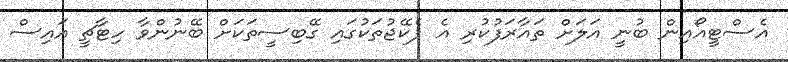
އެސްޓީއޯއިން ބުނީ އަލަށް ތައާރަފުކުރި އެ ޕެކޭޖުތަކުގައި ގޭބިސީތަކަށް ބޭނުންވާ ހިޓާޗީ އައިސް